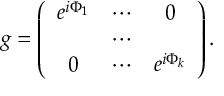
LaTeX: g = \left( \begin{array} { c c c } { { e ^ { i \Phi _ { 1 } } } } & { { \cdots } } & { { 0 } } \\ { { } } & { { \cdots } } & { { } } \\ { { 0 } } & { { \cdots } } & { { e ^ { i \Phi _ { k } } } } \end{array} \right) .